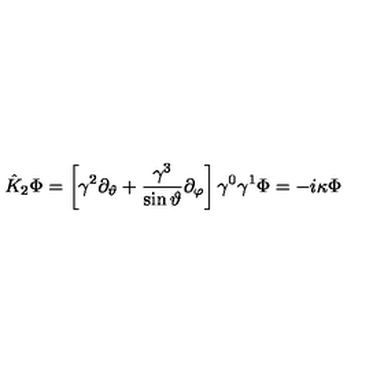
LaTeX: { \hat { K } } _ { 2 } \Phi = \left[ \gamma ^ { 2 } \partial _ { \vartheta } + \frac { \gamma ^ { 3 } } { \sin \vartheta } \partial _ { \varphi } \right] \gamma ^ { 0 } \gamma ^ { 1 } \Phi = - i \kappa \Phi